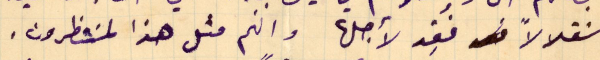
استقلالاً فُقِد لأجلها وانهم مثل هذا لمنتظرون.